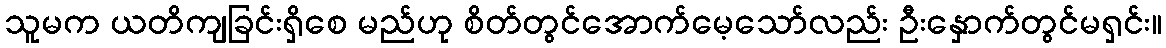
သူမက ယတိကျခြင်းရှိစေ မည်ဟု စိတ်တွင်အောက်မေ့သော်လည်း ဦးနှောက်တွင်မရှင်း။